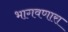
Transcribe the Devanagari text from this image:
भागवणारा